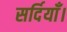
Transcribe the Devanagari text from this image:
सर्दियाँ।